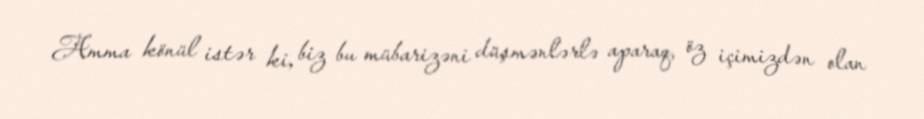
Amma könül istər ki, biz bu mübarizəni düşmənlərlə aparaq, öz içimizdən olan